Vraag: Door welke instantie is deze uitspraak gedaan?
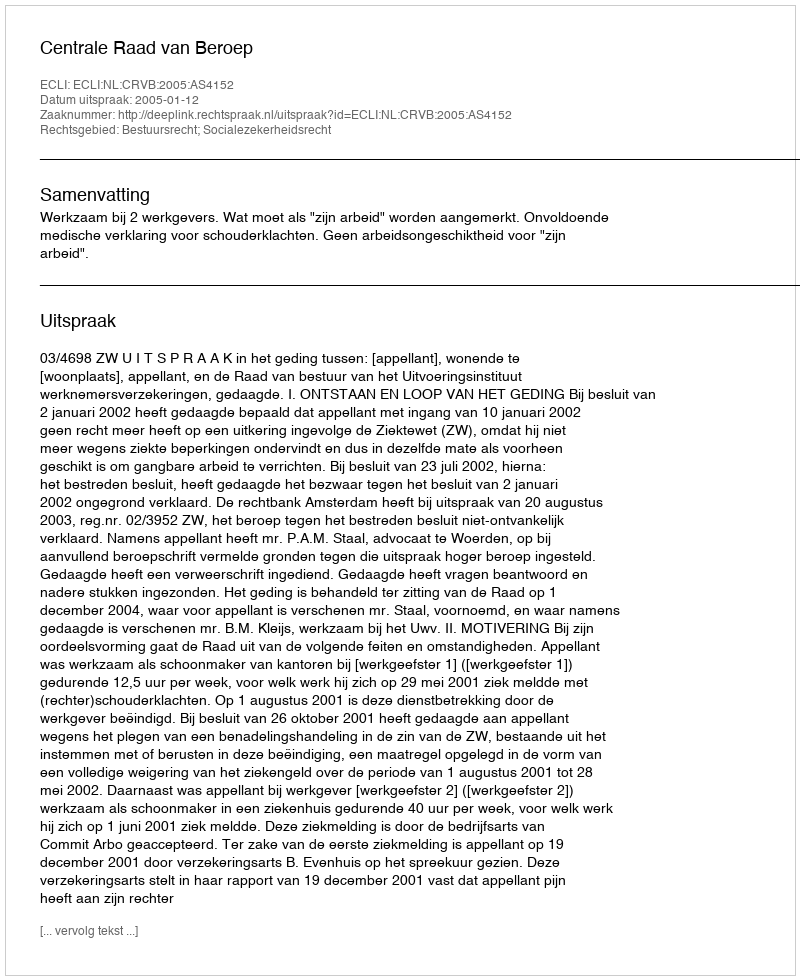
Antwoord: Centrale Raad van Beroep